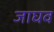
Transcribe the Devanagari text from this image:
जाघव